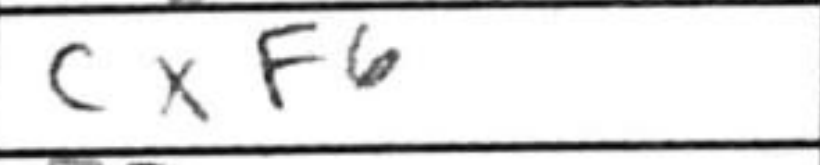
Transcription: cxf6